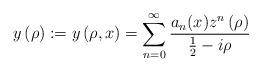
LaTeX: \begin{align*}y\left( \rho\right) :=y\left( \rho,x\right) =\sum_{n=0}^{\infty}\frac{a_{n}(x)z^{n}\left( \rho\right) }{\frac{1}{2}-i\rho} \end{align*}